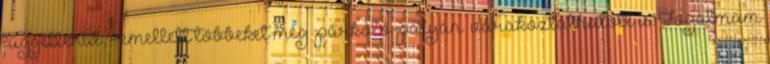
függetlenül, - emellett többeket még „parkoló-pályán” várakoztathatott is. Fogalmam